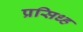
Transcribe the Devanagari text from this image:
प्रसिध्ह